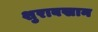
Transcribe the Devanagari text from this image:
शुराबखान